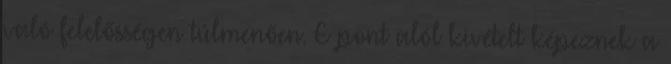
való felelősségen túlmenően. E pont alól kivételt képeznek a